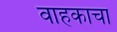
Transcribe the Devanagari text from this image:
वाहकाचा